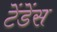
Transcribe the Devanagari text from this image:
टेंडेंस